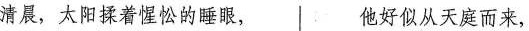
清晨，太阳揉着惺忪的睡眼， 他好似从天庭而来，